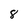
Character: 8